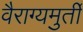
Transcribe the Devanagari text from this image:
वैराग्यमुर्ती